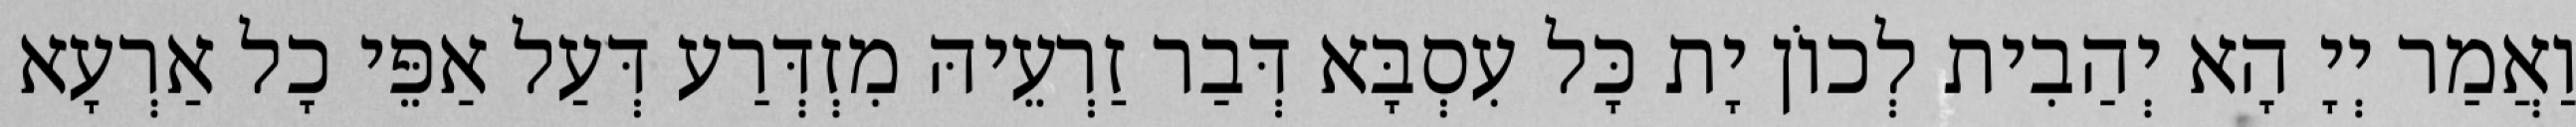
וַאֲמַר יְיָ הָא יְהַבִית לְכוֹן יָת כָּל עִסְבָּא דְּבַר זַרְעֵיהּ מִזְדְּרַע דְּעַל אַפֵּי כָל אַרְעָא